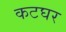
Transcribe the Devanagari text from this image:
कटघर